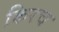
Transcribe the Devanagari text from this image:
किरच